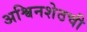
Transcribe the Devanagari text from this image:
अश्विनशेठची